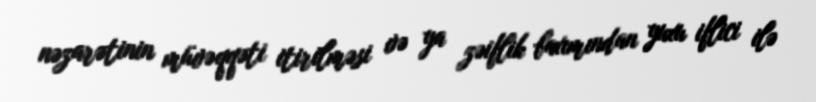
nəzarətinin müvəqqəti itirilməsi və ya zəiflik baxımından yuxu iflici ilə